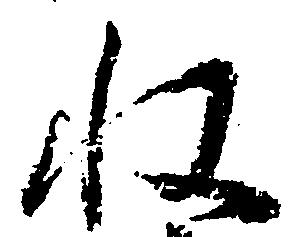
収